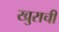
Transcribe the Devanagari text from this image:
खुराची